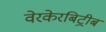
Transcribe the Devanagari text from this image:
वेरकेरबिट्रीब